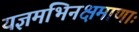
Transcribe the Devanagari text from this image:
यज्ञमभिनक्षमाणाः